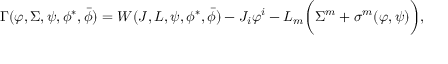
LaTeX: \Gamma ( \varphi , \Sigma , \psi , \phi ^ { * } , \bar { \phi } ) = { \cal W } ( { \cal J } , L , \psi , \phi ^ { * } , \bar { \phi } ) - { \cal J } _ { i } \varphi ^ { i } - L _ { m } \bigg ( \Sigma ^ { m } + \sigma ^ { m } ( \varphi , \psi ) \bigg ) ,